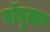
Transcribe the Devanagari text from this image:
पॉपुल्लर